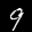
Label: 9